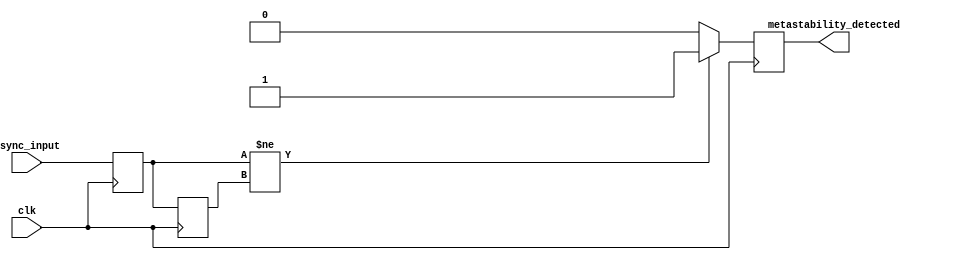
module metastability_detector (
    input wire clk,                // Clock signal
    input wire async_input,        // Asynchronous input signal
    output reg metastability_detected // Metastability indicator output
);

    // Internal signals for the flip-flops
    reg ff1_out;                  // Output of the first flip-flop
    reg ff2_out;                  // Output of the second flip-flop

    // First flip-flop: samples the asynchronous input
    always @(posedge clk) begin
        ff1_out <= async_input;
    end

    // Second flip-flop: samples the output of the first flip-flop
    always @(posedge clk) begin
        ff2_out <= ff1_out;
    end

    // Metastability detection logic
    always @(posedge clk) begin
        // If the outputs of the flip-flops are different, metastability is detected
        if (ff1_out != ff2_out) begin
            metastability_detected <= 1'b1; // Metastability condition detected
        end else begin
            metastability_detected <= 1'b0; // No metastability detected
        end
    end

endmodule